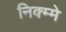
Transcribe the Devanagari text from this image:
निक्म्मे